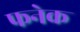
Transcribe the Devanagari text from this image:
फनेक